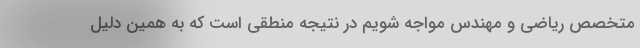
متخصص ریاضی و مهندس مواجه شویم در نتیجه منطقی است که به همین دلیل